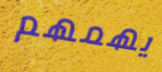
يهمهم